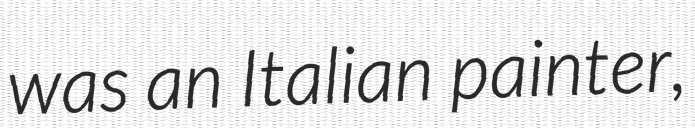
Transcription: was an Italian painter,